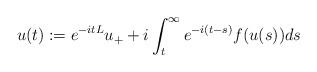
\begin{align*} u(t):= e^{-it L }u_{+} + i \int_t^\infty e^{-i(t-s)}f(u(s))ds\end{align*}